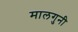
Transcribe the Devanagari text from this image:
मालगुनी